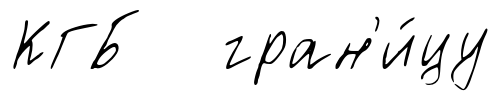
КГБ гран'и́цу